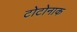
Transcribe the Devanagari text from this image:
टोटोनाक